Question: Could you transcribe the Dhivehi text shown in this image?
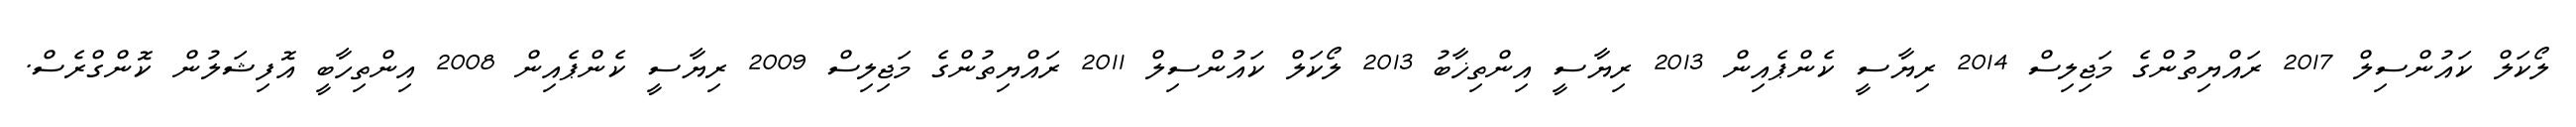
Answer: ލޯކަލް ކައުންސިލް 2017 ރައްޔިތުންގެ މަޖިލިސް 2014 ރިޔާސީ ކެންޕެއިން 2013 ރިޔާސީ އިންތިޚާބު 2013 ލޯކަލް ކައުންސިލް 2011 ރައްޔިތުންގެ މަޖިލިސް 2009 ރިޔާސީ ކެންޕެއިން 2008 އިންތިހާބީ އޮފިޝަލުން ކޮންގްރެސް.